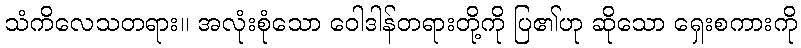
သံကိလေသတရား။ အလုံးစုံသော ဝေါဒါန်တရားတို့ကို ပြ၏ဟု ဆိုသော ရှေးစကားကို